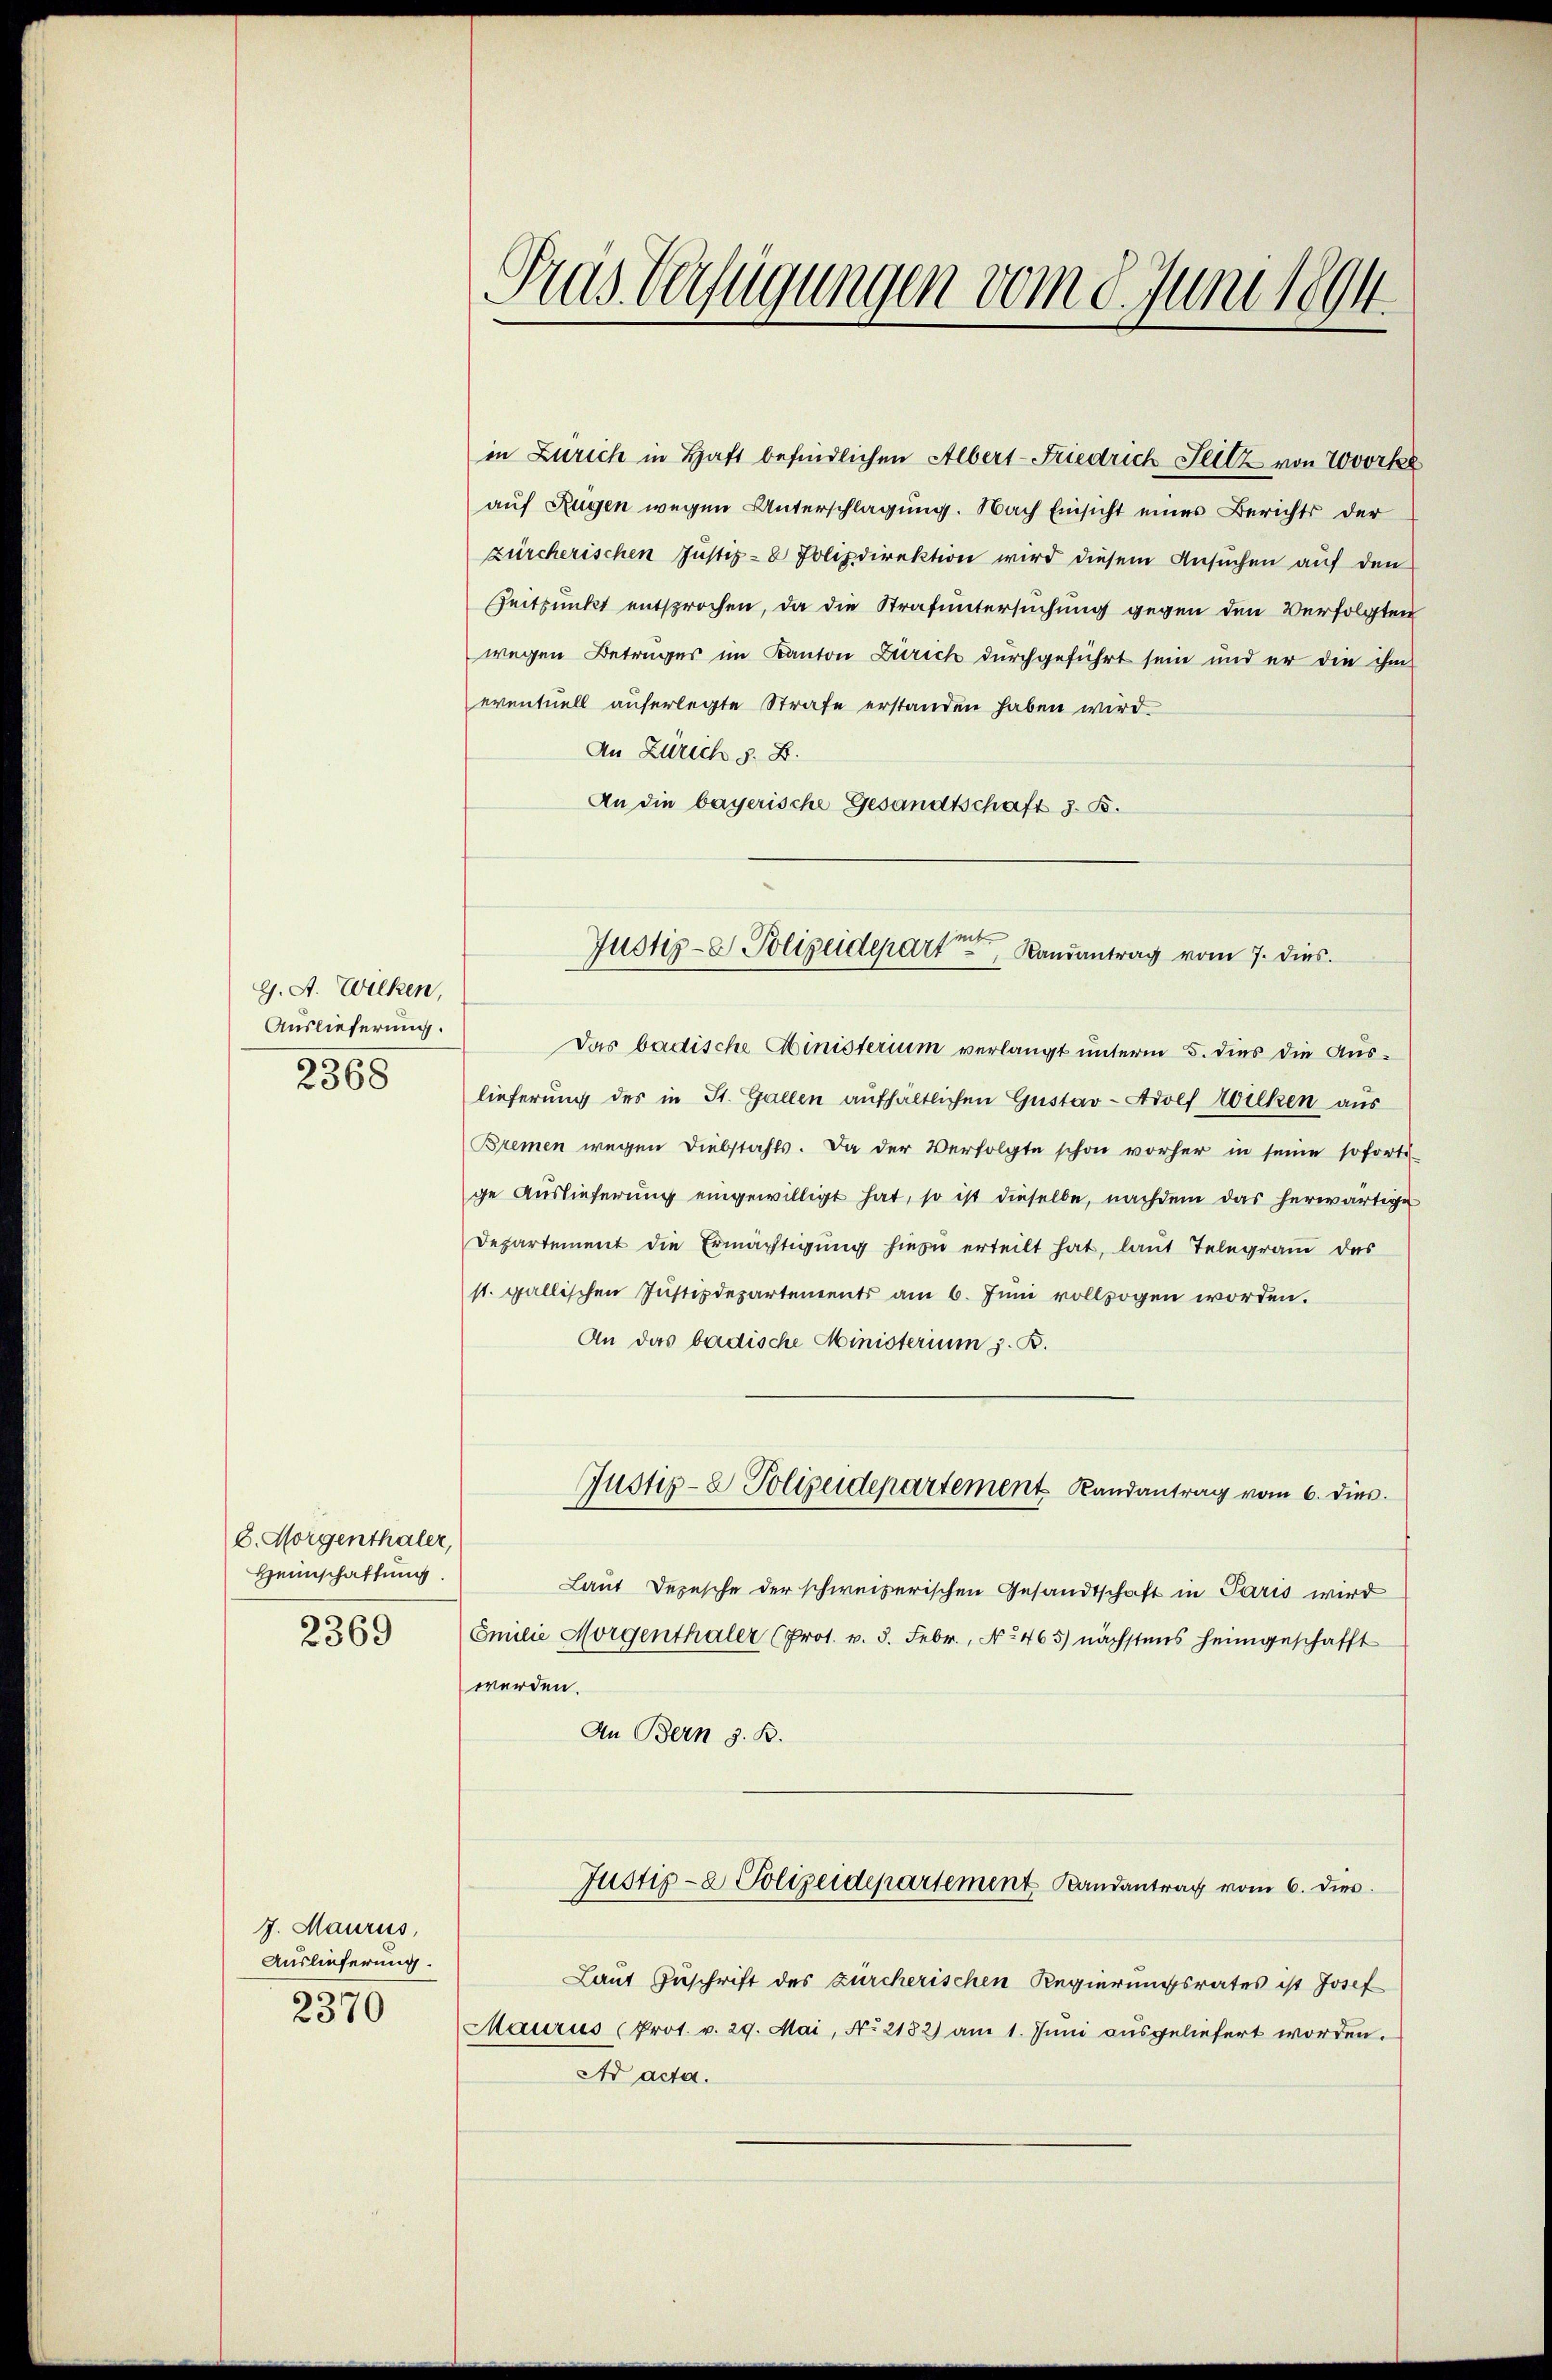
9. A. Wilken,
Auslieferung.
2368

8. Morgenthaler,
Heimschaftung.

2369

7. Maurus,
Auslieferung.
2370

in Zürich in Haft befindlichen Albert-Friedrich Teilz von Zovorke
auf Rügen wegen Unterschlagung. Nach Einsicht eines Berichts der
zürcherischen Justiz- & Polizdirektion wird diesem Ansuchen auf den
Zeitpunkt entsprochen, da die Strafuntersuchung gegen den Verfolgten
wegen Betrages im Kanton Zürich durchgeführt sein und er die ihm
eventuell auferlegte Strafe erstanden haben wird.
An Zürich s. B.
An die bayerische Gesandtschaft 3. B.

Prus Verfügungen vom 8. Juni 1894.

Das badische Ministerium verlangt unterm 5. dies die Auslieferung des in St. Gallen aufhältlichen Gustav Adolf Wilken aus
Bremen wegen Diebstahls. Da der Verfolgte schon vorher in seine soforts
ge Auslieferung eingewilligt hat, so ist dieselbe, nachdem das herwärtige
Departement die Ermächtigung hiezu erteilt hat, laut Telegram das
st. gallischen Justizdepartements am 6. Juni vollzogen worden.
An das badische Ministerium z. B.
Laut Depesche der schweizerischen Gesandtschaft in Paris wird
Emilie Morgenthaler (Prot. v. 3. Febr., No 465 nächstens heimgeschafft
werden.
An Bern z. B.
Justiz- & Polizeidepartement Randantrag vom 6. dies
Laut Zuschrift des zürcherischen Regierungsrates ist Josef
Maurus (Prot. v. 29. Mai, No 2182) am 1. Jŭni aŭsgeliefert worden.
Ad acta.

4
Justiz- & Polizeidepart Landantrag vom 7. dies

Justiz- & Polizeidepartement Landantrag vom 6. dies